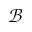
\mathcal { B }